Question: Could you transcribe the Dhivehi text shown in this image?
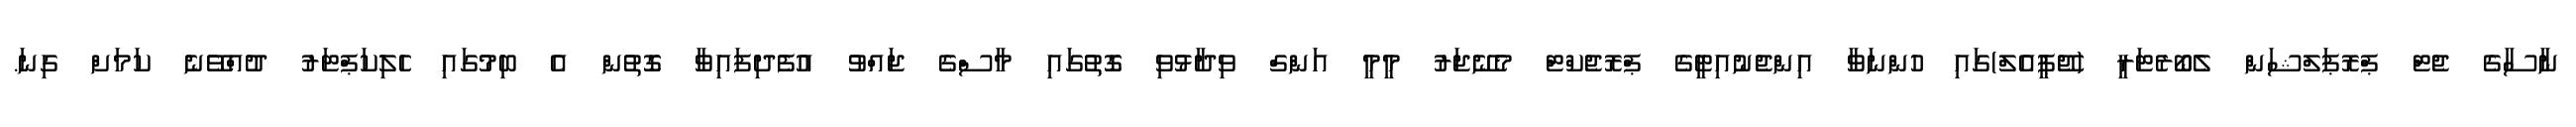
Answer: ނާސާގެ ޖެޓް ޕްރޮޕަލްޝަން ލެބޯރެޓަރީ (ޖޭޕީއެލް)ގައި ހުންނަވާ އިންޖެނުއިޓީގެ ޕްރޮޖެކްޓް މެނޭޖަރު މީމީ އަންގް ވިދާޅުވި ގޮތުގައި މާސްގެ ޖައްވު އުފެދިފައިވާ ގޮތުން އެ ބިމުގައި ހެލިކަޕްޓަރު ދުއްވޭނެ ކަމަށް ގިނަ.